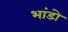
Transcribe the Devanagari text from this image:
भांडो